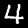
Digit: 4